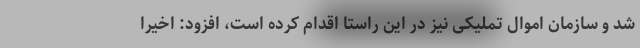
شد و سازمان اموال تملیکی نیز در این راستا اقدام کرده است، افزود: اخیرا